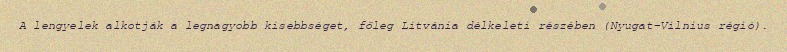
A lengyelek alkotják a legnagyobb kisebbséget, főleg Litvánia délkeleti részében (Nyugat-Vilnius régió).